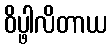
ဝိပ္ဖါလိတာယ